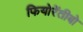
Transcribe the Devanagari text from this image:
फियोरेंतीबो